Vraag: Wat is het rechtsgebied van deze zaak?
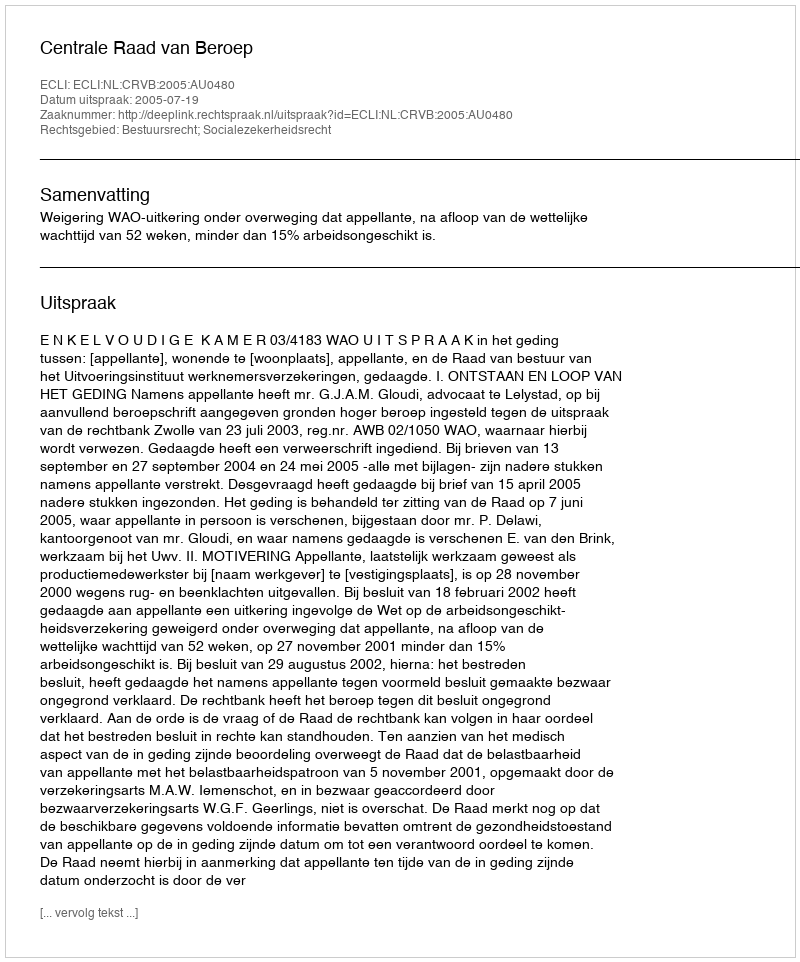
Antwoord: Bestuursrecht; Socialezekerheidsrecht